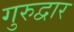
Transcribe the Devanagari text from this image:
गुरुद्वार